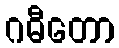
ဂဓီတော